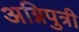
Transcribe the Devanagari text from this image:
अग्निपुत्री